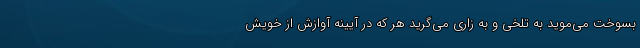
بسوخت می‌موید به تلخی و به زاری می‌گرید هر که در آیینه آوازش از خویش